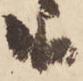
取